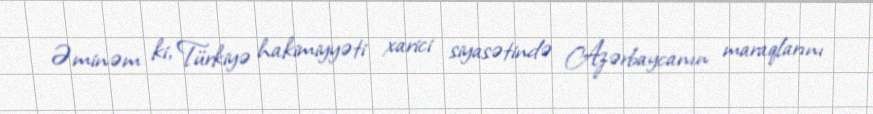
Əminəm ki, Türkiyə hakimiyyəti xarici siyasətində Azərbaycanın maraqlarını